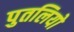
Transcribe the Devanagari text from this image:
पुतलियो